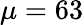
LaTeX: \mu=63